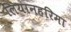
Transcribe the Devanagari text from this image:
लियानहरिमा